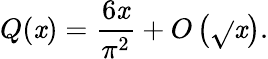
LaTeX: Q(\mathit{x})={\frac{{6\mathit{x}}}{{\pi^{2}}}}+O\left({\sqrt{}{{\mathit{x}}}}\right).